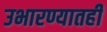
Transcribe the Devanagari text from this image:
उभारण्यातही